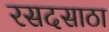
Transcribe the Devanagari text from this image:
रसदसाठा